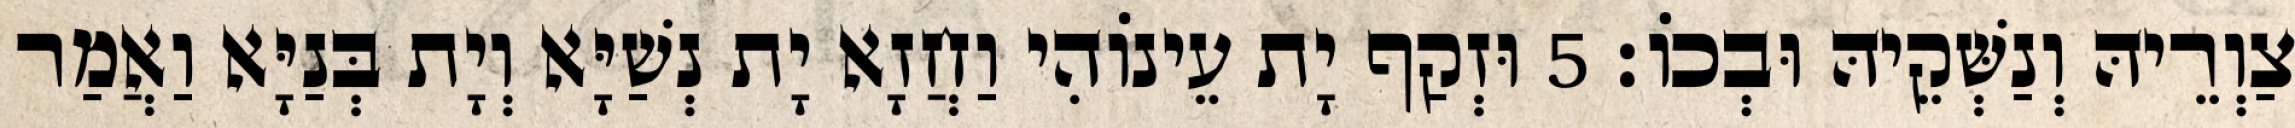
צַוְרֵיהּ וְנַשְּׁקֵיהּ וּבְכוֹ׃ 5 וּזְקַף יָת עֵינוֹהִי וַחֲזָא יָת נְשַׁיָּא וְיָת בְּנַיָּא וַאֲמַר